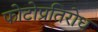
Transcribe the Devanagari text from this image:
फोटोप्रतिरोध